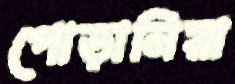
পোড়ানিয়া